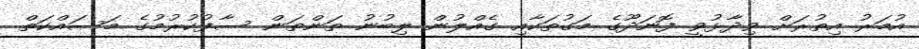
އުމަރު އިތުރަށް ވިދާޅުވީ ފޮނަދޫގެ މަގުތަކާއި ގެއްލުން ލިބުނު ތަންތަން ސާފުކުރުމުގެ މަސައްކަތް